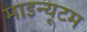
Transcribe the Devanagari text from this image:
माइन्यूटम